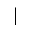
\mid